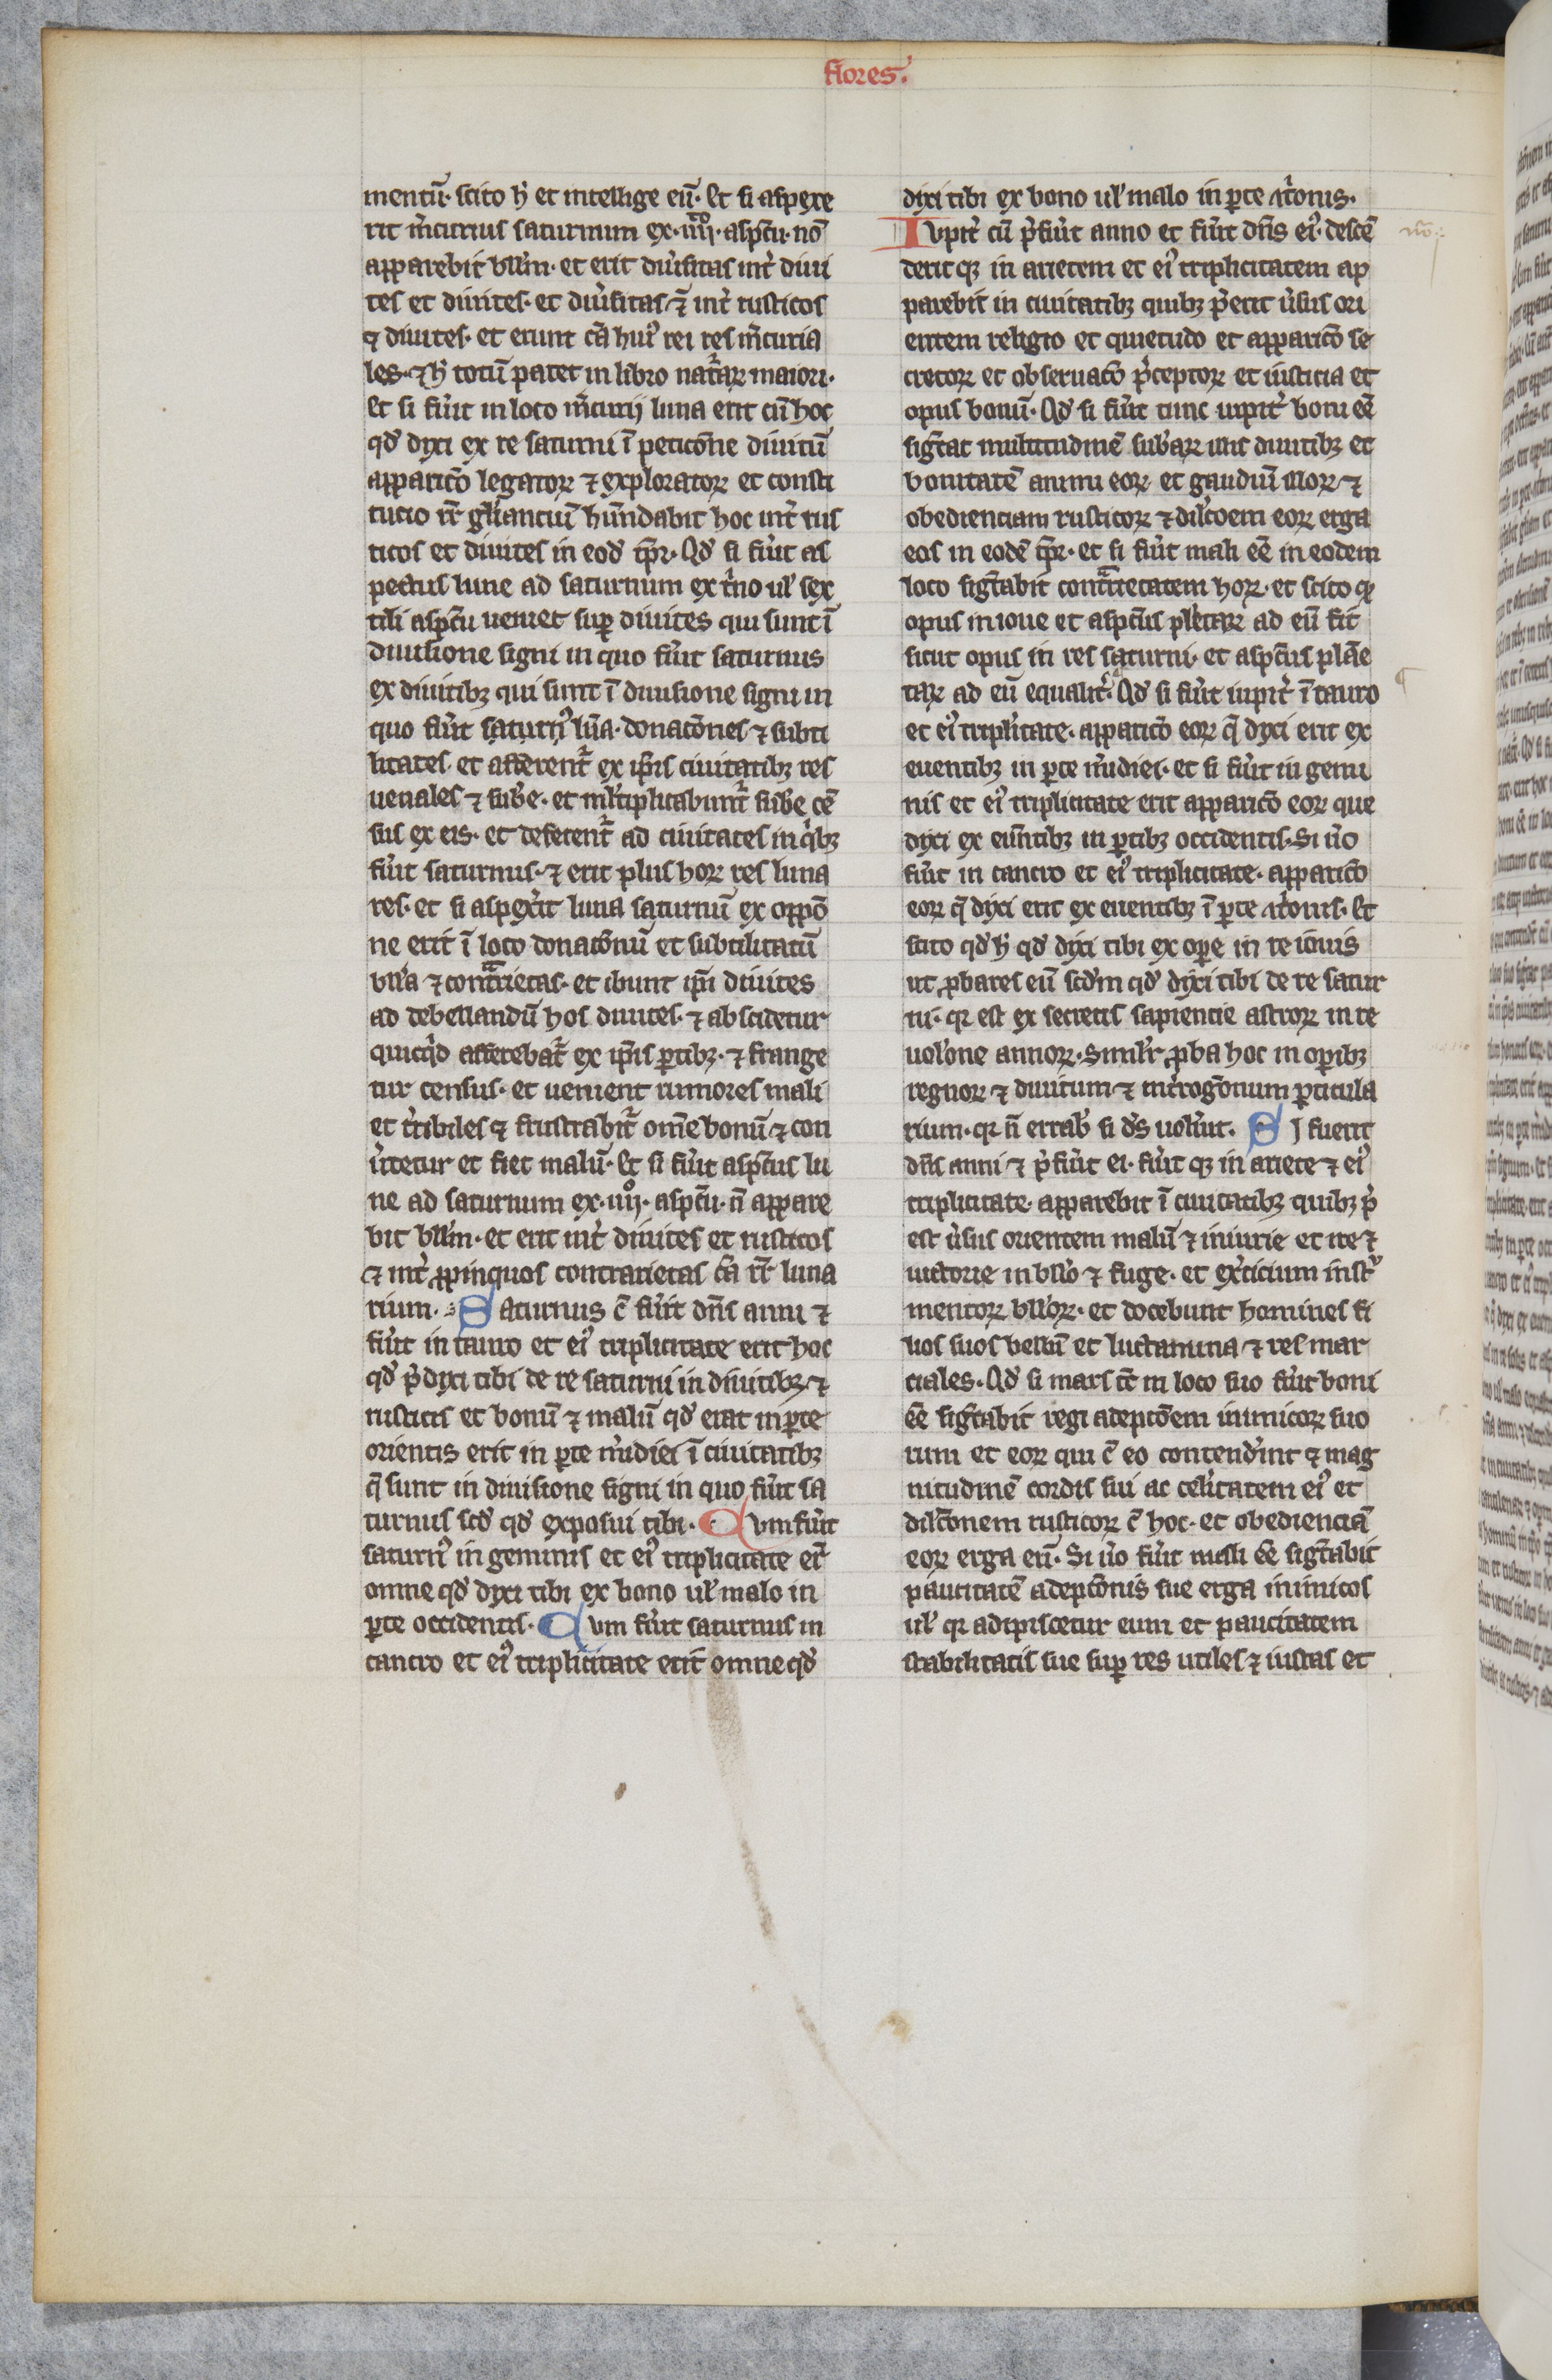
Shelfmark: Paris, BnF, lat. 16204
Century: 13